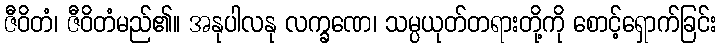
ဇီဝိတံ၊ ဇီဝိတံမည်၏။ အနုပါလနု လက္ခဏေ၊ သမ္ပယုတ်တရားတို့ကို စောင့်ရှောက်ခြင်း